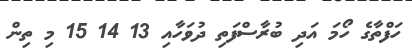
ހަފްތާގެ ހޯމަ އަދި ބުރާސްފަތި ދުވަހާއި 13 14 15 މި ތިން